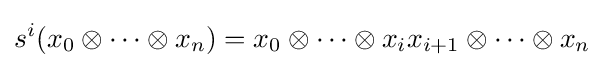
s^{i}(x_{0}\otimes \cdots \otimes x_{n})=x_{0}\otimes \cdots \otimes x_{i}x_{i+1}\otimes \cdots \otimes x_{n}